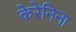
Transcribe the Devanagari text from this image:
केरेनिना